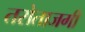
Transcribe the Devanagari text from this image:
तरोताजगी